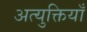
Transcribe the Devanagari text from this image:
अत्युक्तियाँ